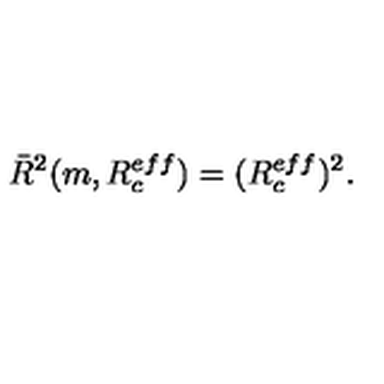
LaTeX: \bar { R } ^ { 2 } ( m , R _ { c } ^ { e f f } ) = ( R _ { c } ^ { e f f } ) ^ { 2 } { . }